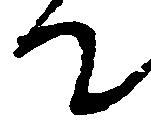
て